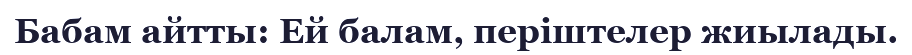
Бабам айтты: Ей балам, періштелер жиылады.